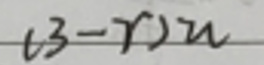
$u(r - 3)$